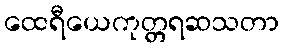
ထေရီယေကုတ္တရဆသတာ